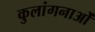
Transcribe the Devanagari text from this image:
कुलांगनाओं